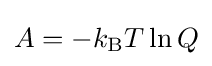
A=-k_{\mathrm {B} }T\ln Q